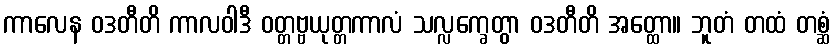
ကာလေန ဝဒတီတိ ကာလဝါဒီ ဝတ္တဗ္ဗယုတ္တကာလံ သလ္လက္ခေတွာ ဝဒတီတိ အတ္ထော။ ဘူတံ တထံ တစ္ဆံ